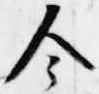
今